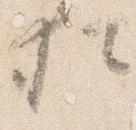
猶